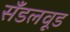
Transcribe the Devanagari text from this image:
सँडलवूड